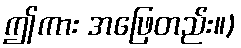
ဤကား အဖြေတည်း။)